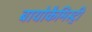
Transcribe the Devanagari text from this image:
बायोकैमिस्ट्री